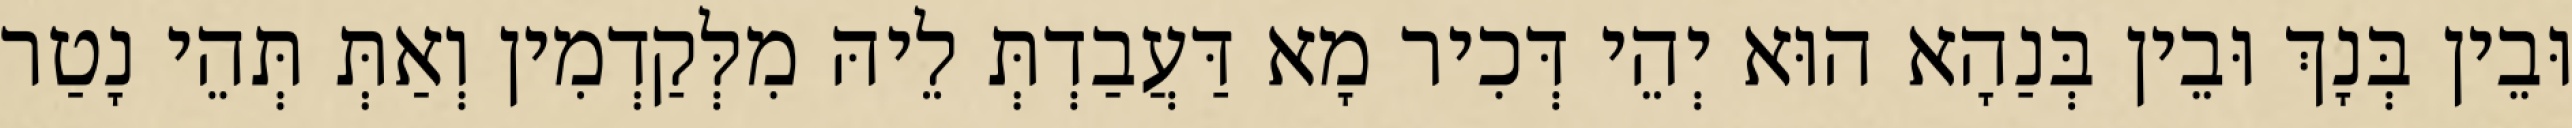
וּבֵין בְּנָךְ וּבֵין בְּנַהָא הוּא יְהֵי דְּכִיר מָא דַּעֲבַדְתְּ לֵיהּ מִלְּקַדְמִין וְאַתְּ תְּהֵי נָטַר